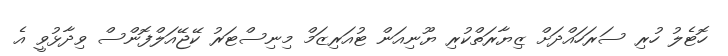
ހޮޓެލު ހުރި ސަރަހައްދަށް ޒިޔާރަތްކުރި ޔޫނިއަން ޓުއަރިޒަމް މިނިސްޓަރު ކޭޖޭއަލްފޮންސް ވިދާޅުވީ އެ